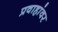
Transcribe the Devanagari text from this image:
प्रवाहांवर